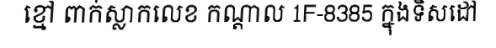
ខ្មៅ ពាក់ស្លាកលេខ កណ្តាល 1F-8385 ក្នុងទិសដៅ